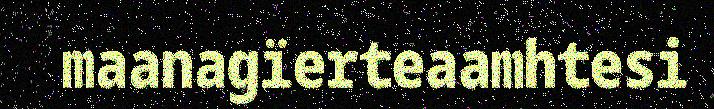
maanagïerteaamhtesi